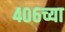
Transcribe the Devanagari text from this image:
४०६च्या